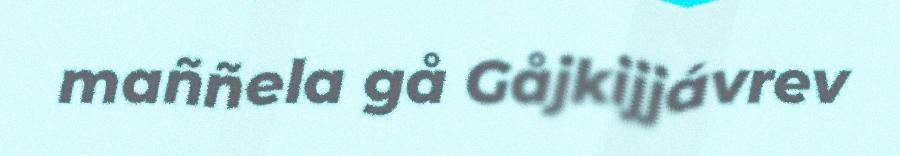
maññela gå Gåjkijjávrev